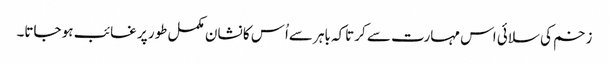
زخم کی سلائی اس مہارت سے کرتاکہ باہر سےاُس کا نشان مکمل طور پر غائب ہو جاتا۔